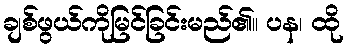
ချစ်ဖွယ်ကိုမြင်ခြင်းမည်၏။ ပန၊ ထို